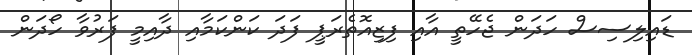
ޑައިލިސިސް ހަދަން ޖެހޭތީ އާއި ފިޒިއޮތެރަޕީ ފަދަ ކަންކަމާއި ދާއިމީ ފަރުވާ ހޯދަން